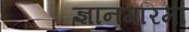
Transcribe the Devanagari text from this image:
ज्ञानगरिमा